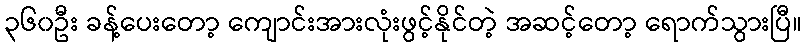
၃၆၀ဦး ခန့်ပေးတော့ ကျောင်းအားလုံးဖွင့်နိုင်တဲ့ အဆင့်တော့ ရောက်သွားပြီ။